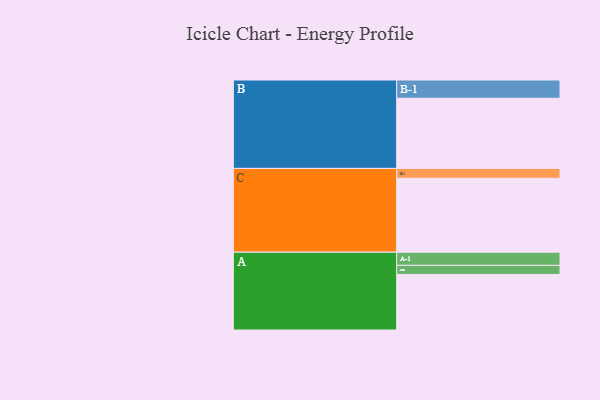
{"axis": {"x": "Segment", "y": "Value"}, "legend": ["", "A", "B", "C"], "data": [{"x": "A", "y": 372, "type": ""}, {"x": "B", "y": 470, "type": ""}, {"x": "C", "y": 495, "type": ""}, {"x": "A-1", "y": 88, "type": "A"}, {"x": "A-2", "y": 61, "type": "A"}, {"x": "B-1", "y": 122, "type": "B"}, {"x": "C-1", "y": 66, "type": "C"}]}